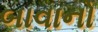
બાવાનો